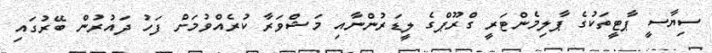
ސިޔާސީ ޕާޓީތަކުގެ ޕާލިމެންޓަރީ ގްރޫޕްގެ ލީޑަރުންނާއި މަޝްވަރާ ކުރެއްވުމަށް ފަހު ދައުރުން ބޭރުގައި